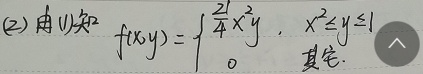
(2) 由(1)知
\[
f(x,y)=\begin{cases}
\frac{21}{4}x^{2}y, &x^{2}\leq y\leq1\\
0, &\text{其它}
\end{cases}
\]